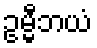
ဥမ္မီဘယံ